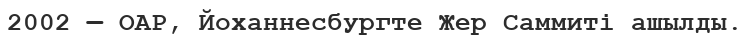
2002 — ОАР, Йоханнесбургте Жер Саммиті ашылды.